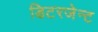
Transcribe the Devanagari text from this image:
डिटरजेन्ट